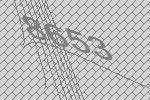
8653